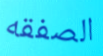
الصفقه